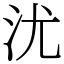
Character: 沋